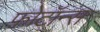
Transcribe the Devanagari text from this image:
फ़ोटॉन्स